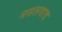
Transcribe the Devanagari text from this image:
नसलवाद